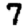
Digit: 7